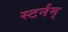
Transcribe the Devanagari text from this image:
स्टर्नम्‌